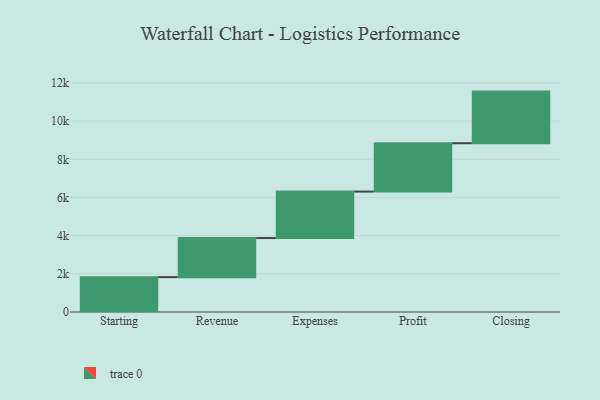
{"axis": {"x": "Step", "y": "Value"}, "legend": [""], "data": [{"x": "Starting", "y": 1827.0, "type": ""}, {"x": "Revenue", "y": 2048.0, "type": ""}, {"x": "Expenses", "y": 2434.0, "type": ""}, {"x": "Profit", "y": 2533.0, "type": ""}, {"x": "Closing", "y": 2705.0, "type": ""}]}